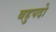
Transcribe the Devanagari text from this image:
बहुपदो